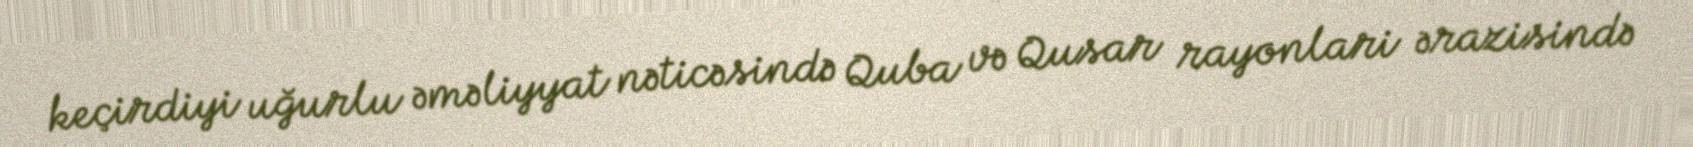
keçirdiyi uğurlu əməliyyat nəticəsində Quba və Qusar rayonlari ərazisində